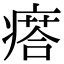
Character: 瘩